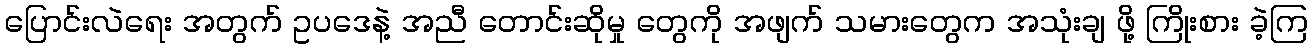
ပြောင်းလဲရေး အတွက် ဥပဒေနဲ့ အညီ တောင်းဆိုမှု တွေကို အဖျက် သမားတွေက အသုံးချ ဖို့ ကြိုးစား ခဲ့ကြ